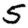
Digit: 5